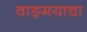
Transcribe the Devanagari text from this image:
वाङ़मयाचा